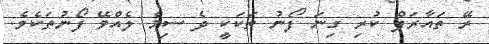
ރޭ ތައާރަފް ކުރި ގިނަ ފޯނު ތަކަކީ ދެ ސިމް ލެއްވޭ ފޯނުތަކެވެ.